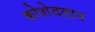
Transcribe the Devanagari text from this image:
कोशेददान